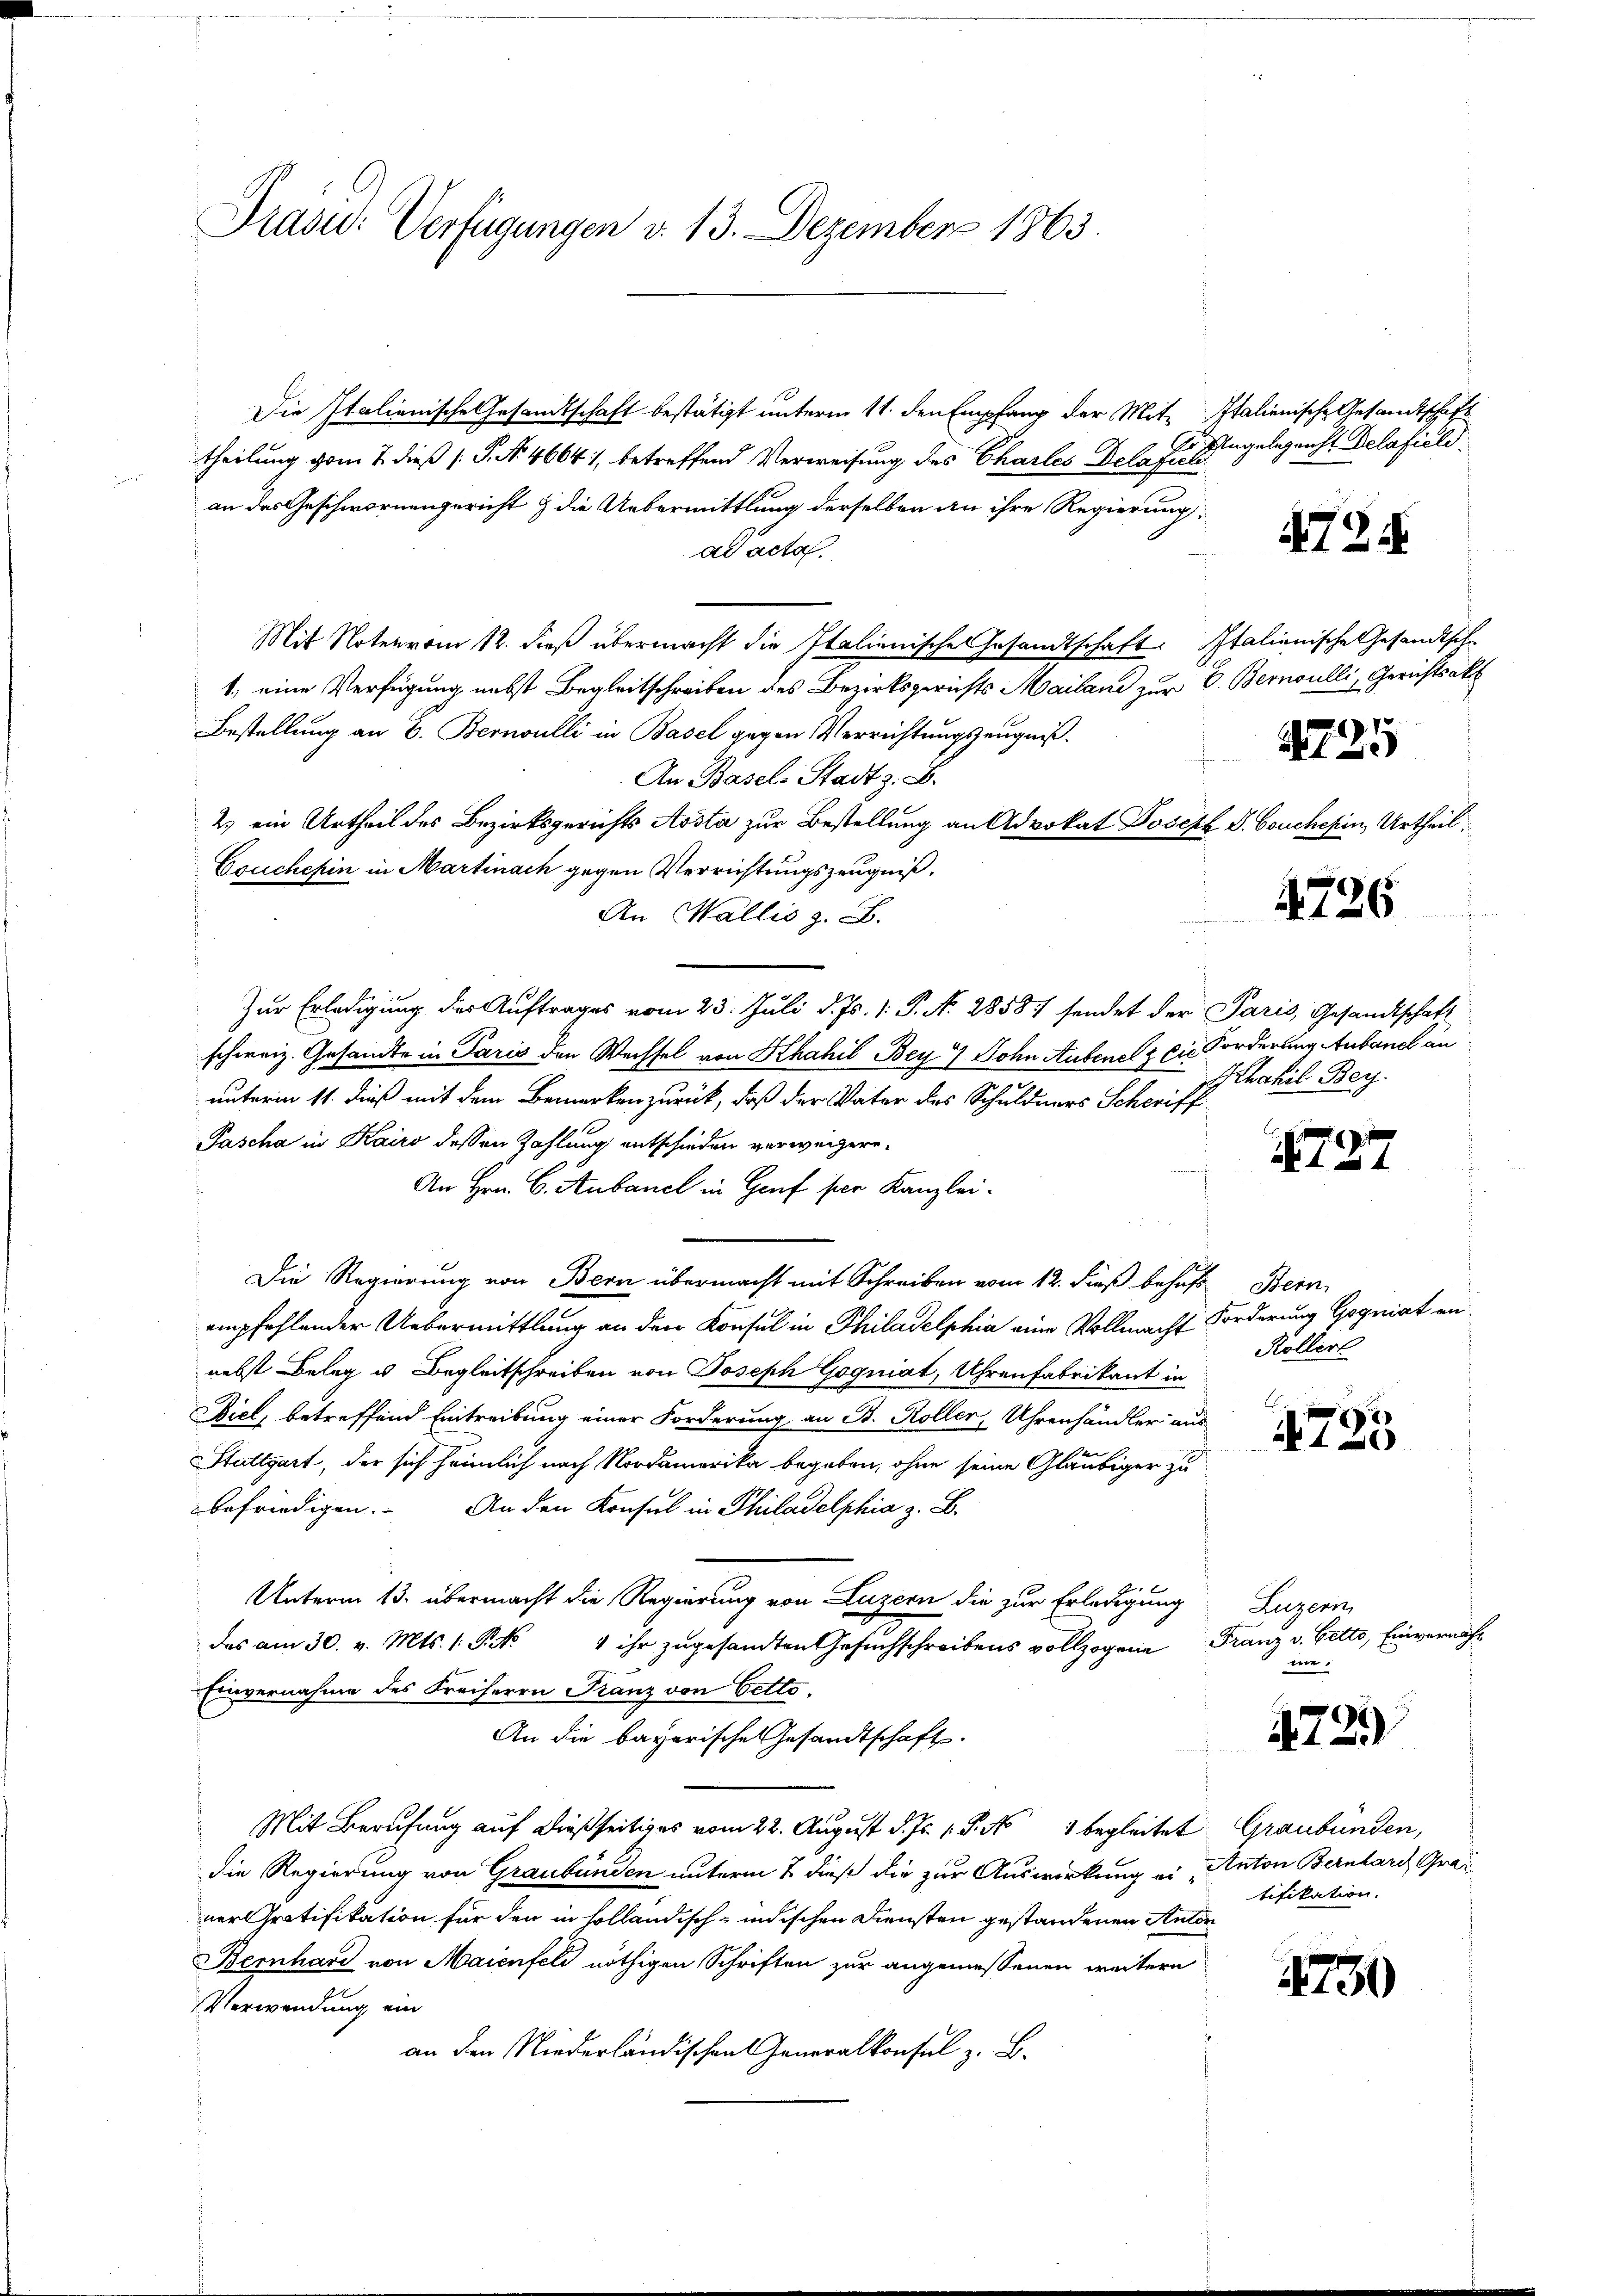
Drasu: Verfügungen v. 13. Dezember 1863.

Die Italienische Gesandtschaft bestätigt unterm 11. den Empfang der Mit- Italienische Gesandtschaft
theilung vom 7. dieß P. Nr. 46641, betreffend Verweisung des Charles Delafiche
an das Geschwornengericht & die Uebermittlung derselben an ihre Regierung

ad acta
Mit Noten vom 12. dieß übermacht die Italienische Gesandtschaft. Italienische Gesandtsche
1, eine Verfügung nebst Begleitschreiben des Bezirksgerichts Mailand zur V. Bernoulli, Gerichtsakt
Bestellung an B. Bernoulli in Basel gegen Verrichtungszeugniß¬
An Basel-Stadt z. B.
2.) ein Urtheil des Bezirksgerichts Aosta zur Bestellung an Advokat Joseph D.
Esuchepin in Martinach gegen Verrichtungszeugniß,
An Wallis z. B.
Zur Erledigung des Auftrages vom 23. Juli d. Js. 1. P. N. 28587 sendet der Paris, Gesandtschaft
schweiz. Gesandte in Paris den Wechsel von Khahil Bey 7. Sohn Aufenelz die Forderung Aubanel an
unterm 11. dieß mit dem Bemerken zurück, daß der Vater des Schuldners Schrift
Pascha in Kairo dessen Zahlung entschieden verweigere.
An Hrn. C. Aubanel in Genf per Kanzlei-
Die Regierung von Bern übermacht mit Schreiben vom 12. dieß behufs Bern,
empfehlender Uebermittlung an den Konsul in Philadelphia eine Vollmacht Forderung Gogniat an
nebst Beleg u. Begleitschreiben von Joseph Gogniat, Uhrenfabrikant in
Biel, betreffend Eintreibung einer Forderung an B. Koller, Uhrenhändler aus
Stuttgart, der sich heimlich nach Nordamerika begeben, ohne seine Gläubiger zu
befriedigen. An den Konsul in Philadelphia z. B.
2
Unterm 13. übermacht die Regierung von Luzern die zur Erledigung Luzern,
das am 30. v. Mts. 1. P  ihr zŭgesandten Gesŭchschreibens vollzogene Franz v. Betto, Einvernah¬
Einvernahme des Freiherrn Franz von Oetto.
An die bayerische Gesandtschaft.
Mit Berufung auf dießseitiges vom 22. August d. Js. 1. P. No 1 begleitet Graubünden,
die Regierung von Graubünden unterm 2 dieß die zur Auswirkung ein Anton Bernhard Graner Gratifikation für den in holländisch-indischen Diensten gestandenen Anton
Bernhard von Maienfeld nöthigen Schriften zur angemessenen weitern
Verwendung ein
an den Niederländischen Generalkonsul z. B.

Ungelegenst Delafield:

4724

1725

Couchesin, Urtheil

4726

Sthahil Bey

N 127

Rollerl

4725

nie.

729

tifikation.

1730